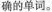
确的单词.。